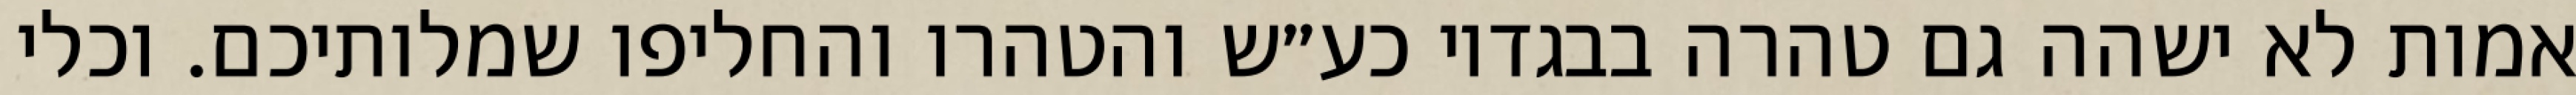
אמות לא ישהה גם טהרה בבגדיו כע״ש והטהרו והחליפו שמלותיכם. וכלי